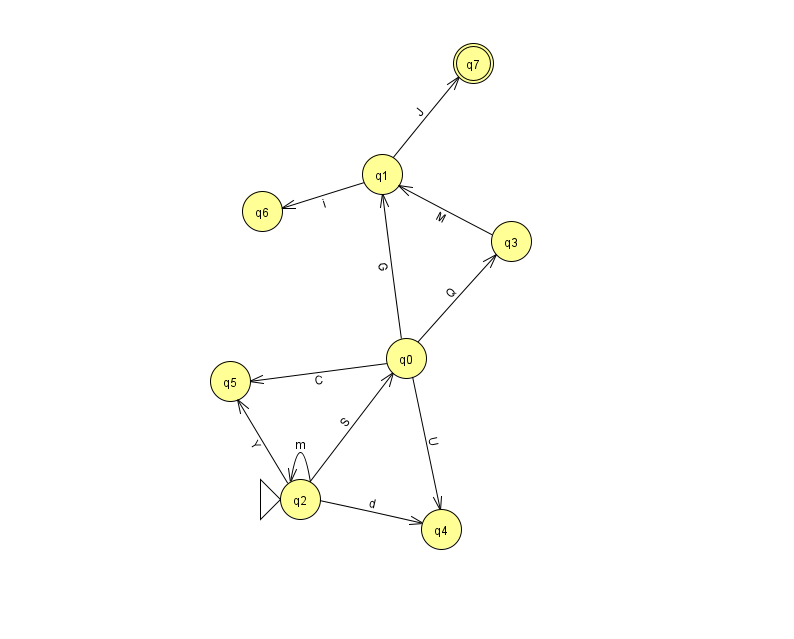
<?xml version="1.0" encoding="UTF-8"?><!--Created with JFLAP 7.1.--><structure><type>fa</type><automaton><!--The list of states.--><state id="0" name="q0"><x>406.0</x><y>345.0</y></state><state id="1" name="q1"><x>382.0</x><y>161.0</y></state><state id="2" name="q2"><x>300.0</x><y>486.0</y><initial/></state><state id="3" name="q3"><x>511.0</x><y>228.0</y></state><state id="4" name="q4"><x>441.0</x><y>516.0</y></state><state id="5" name="q5"><x>230.0</x><y>368.0</y></state><state id="6" name="q6"><x>262.0</x><y>198.0</y></state><state id="7" name="q7"><x>473.0</x><y>50.0</y><final/></state><!--The list of transitions.--><transition><from>0</from><to>1</to><read>G</read></transition><transition><from>3</from><to>1</to><read>M</read></transition><transition><from>0</from><to>4</to><read>U</read></transition><transition><from>0</from><to>5</to><read>C</read></transition><transition><from>1</from><to>6</to><read>i</read></transition><transition><from>2</from><to>4</to><read>d</read></transition><transition><from>2</from><to>0</to><read>S</read></transition><transition><from>2</from><to>5</to><read>Y</read></transition><transition><from>0</from><to>3</to><read>Q</read></transition><transition><from>1</from><to>7</to><read>J</read></transition><transition><from>2</from><to>2</to><read>m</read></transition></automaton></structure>